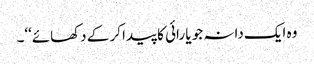
وہ ایک دانہ جو یا رائی کا پیدا کر کے دکھائے‘‘۔